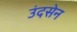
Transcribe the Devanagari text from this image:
उंदसेन